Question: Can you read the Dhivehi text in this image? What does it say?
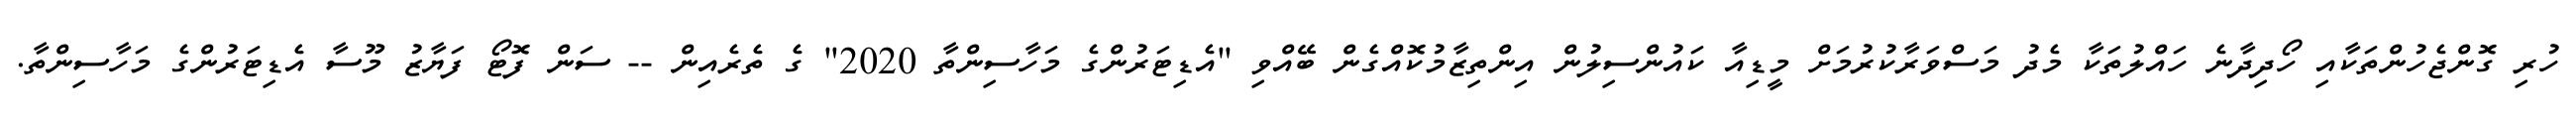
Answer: ހުރި ގޮންޖެހުންތަކާއި ހޯދިދާނެ ހައްލުތަކާ މެދު މަސްވަރާކުރުމަށް މީޑިއާ ކައުންސިލުން އިންތިޒާމުކޮއްގެން ބޭއްވި "އެޑިޓަރުންގެ މަހާސިންތާ 2020" ގެ ތެރެއިން -- ސަން ފޮޓޯ ފަޔާޒު މޫސާ އެޑިޓަރުންގެ މަހާސިންތާ.